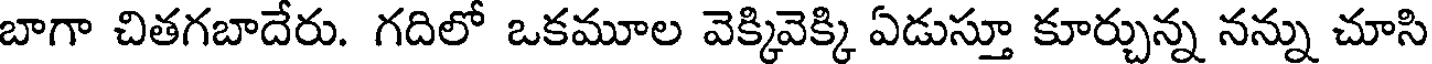
బాగా చితగబాదేరు. గదిలో ఒకమూల వెక్కివెక్కి ఏడుస్తూ కూర్చున్న నన్ను చూసి